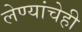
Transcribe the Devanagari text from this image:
लेण्यांचेही